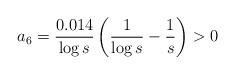
LaTeX: \begin{align*}a_6 = \frac{0.014}{\log s} \left( \frac{1}{\log s} - \frac{1}{s}\right) >0\end{align*}